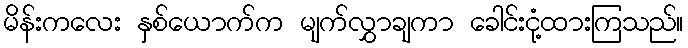
မိန်းကလေး နှစ်ယောက်က မျက်လွှာချကာ ခေါင်းငုံ့ထားကြသည်။